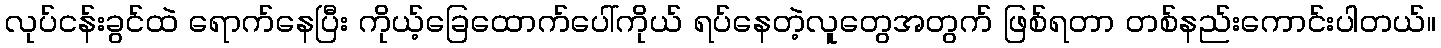
လုပ်ငန်းခွင်ထဲ ရောက်နေပြီး ကိုယ့်ခြေထောက်ပေါ်ကိုယ် ရပ်နေတဲ့လူတွေအတွက် ဖြစ်ရတာ တစ်နည်းကောင်းပါတယ်။